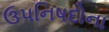
ઉપનિષદોના